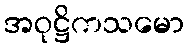
အဝုဋ္ဌိကသမော